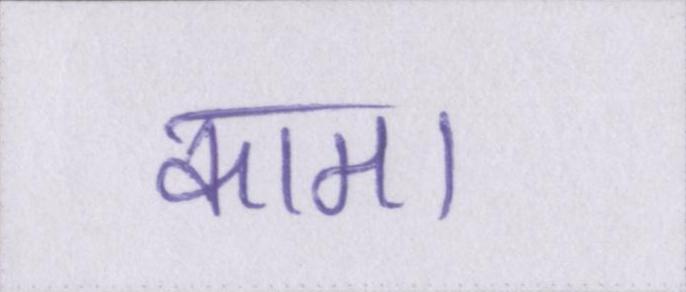
काम।